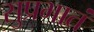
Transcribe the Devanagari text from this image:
सुप्रभातं